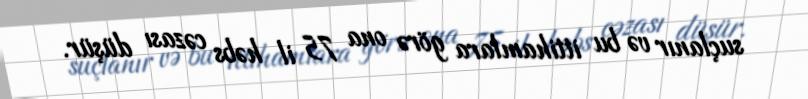
suçlanır və bu ittihamlara görə ona 75 il həbs cəzası düşür.